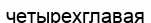
четырехглавая